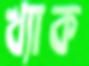
খ্যাক